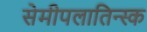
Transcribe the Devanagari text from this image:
सेमीपलातिन्स्क